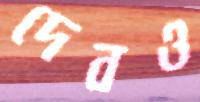
দেবও